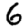
Digit: 6